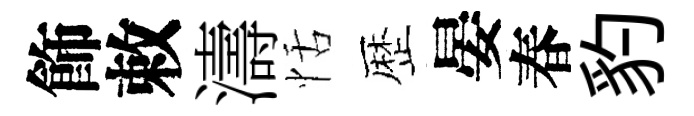
飾敕濤恬歴晏春豹